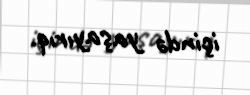
içində yaşayırıq.